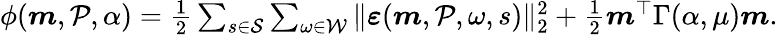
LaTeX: \begin{array}{r}{\phi(\boldsymbol{m},\mathcal{P},\alpha)=\frac 12\sum_{s\in\mathcal{S}}\sum_{\omega\in\mathcal{W}}\Vert\boldsymbol{\varepsilon}(\boldsymbol{m},\mathcal{P},\omega,s)\Vert_{2}^{2}+\frac{1}{2}\boldsymbol{m}^{\top}\Gamma(\alpha,\mu)\boldsymbol{m}.}\end{array}